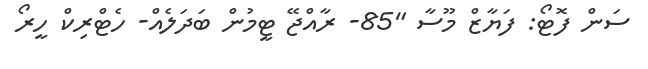
ސަން ފޮޓޯ: ފަޔާޒް މޫސާ "85- ރާއްޖޭ ޓީމުން ބަދަލެއް- ހެޓްރިކް ހީރޯ